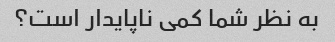
به نظر شما کمی ناپایدار است؟